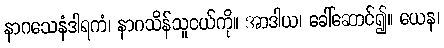
နာဂသေနံဒါရကံ၊ နာဂသိန်သူငယ်ကို။ အာဒါယ၊ ခေါ်ဆောင်၍။ ယေန၊